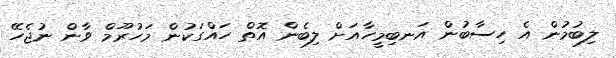
ލިބުމުން އެ ހިސާބުން އަނބިމީހާއަށް ލިބެން އޮތް ހައްގަކުން މަހުރޫމް ވާން ނުޖެހޭ